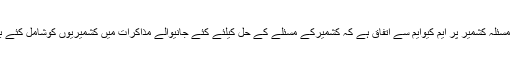
میرواعظ عمرفاروق نے کہاکہ مسئلہ کشمیر پر ایم کیوایم سے اتفاق ہے کہ کشمیرکے مسئلے کے حل کیلئے کئے جانیوالے مذاکرات میں کشمیریوں کوشامل کئے بغیر اس کو حل نہیں کیاجاسکتا۔